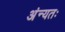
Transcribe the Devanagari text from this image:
अंन्यतः